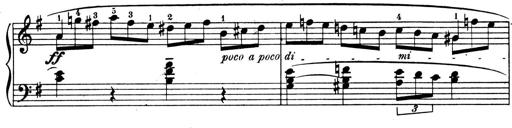
Title: 4 Sonatines
Composer: Max Reger